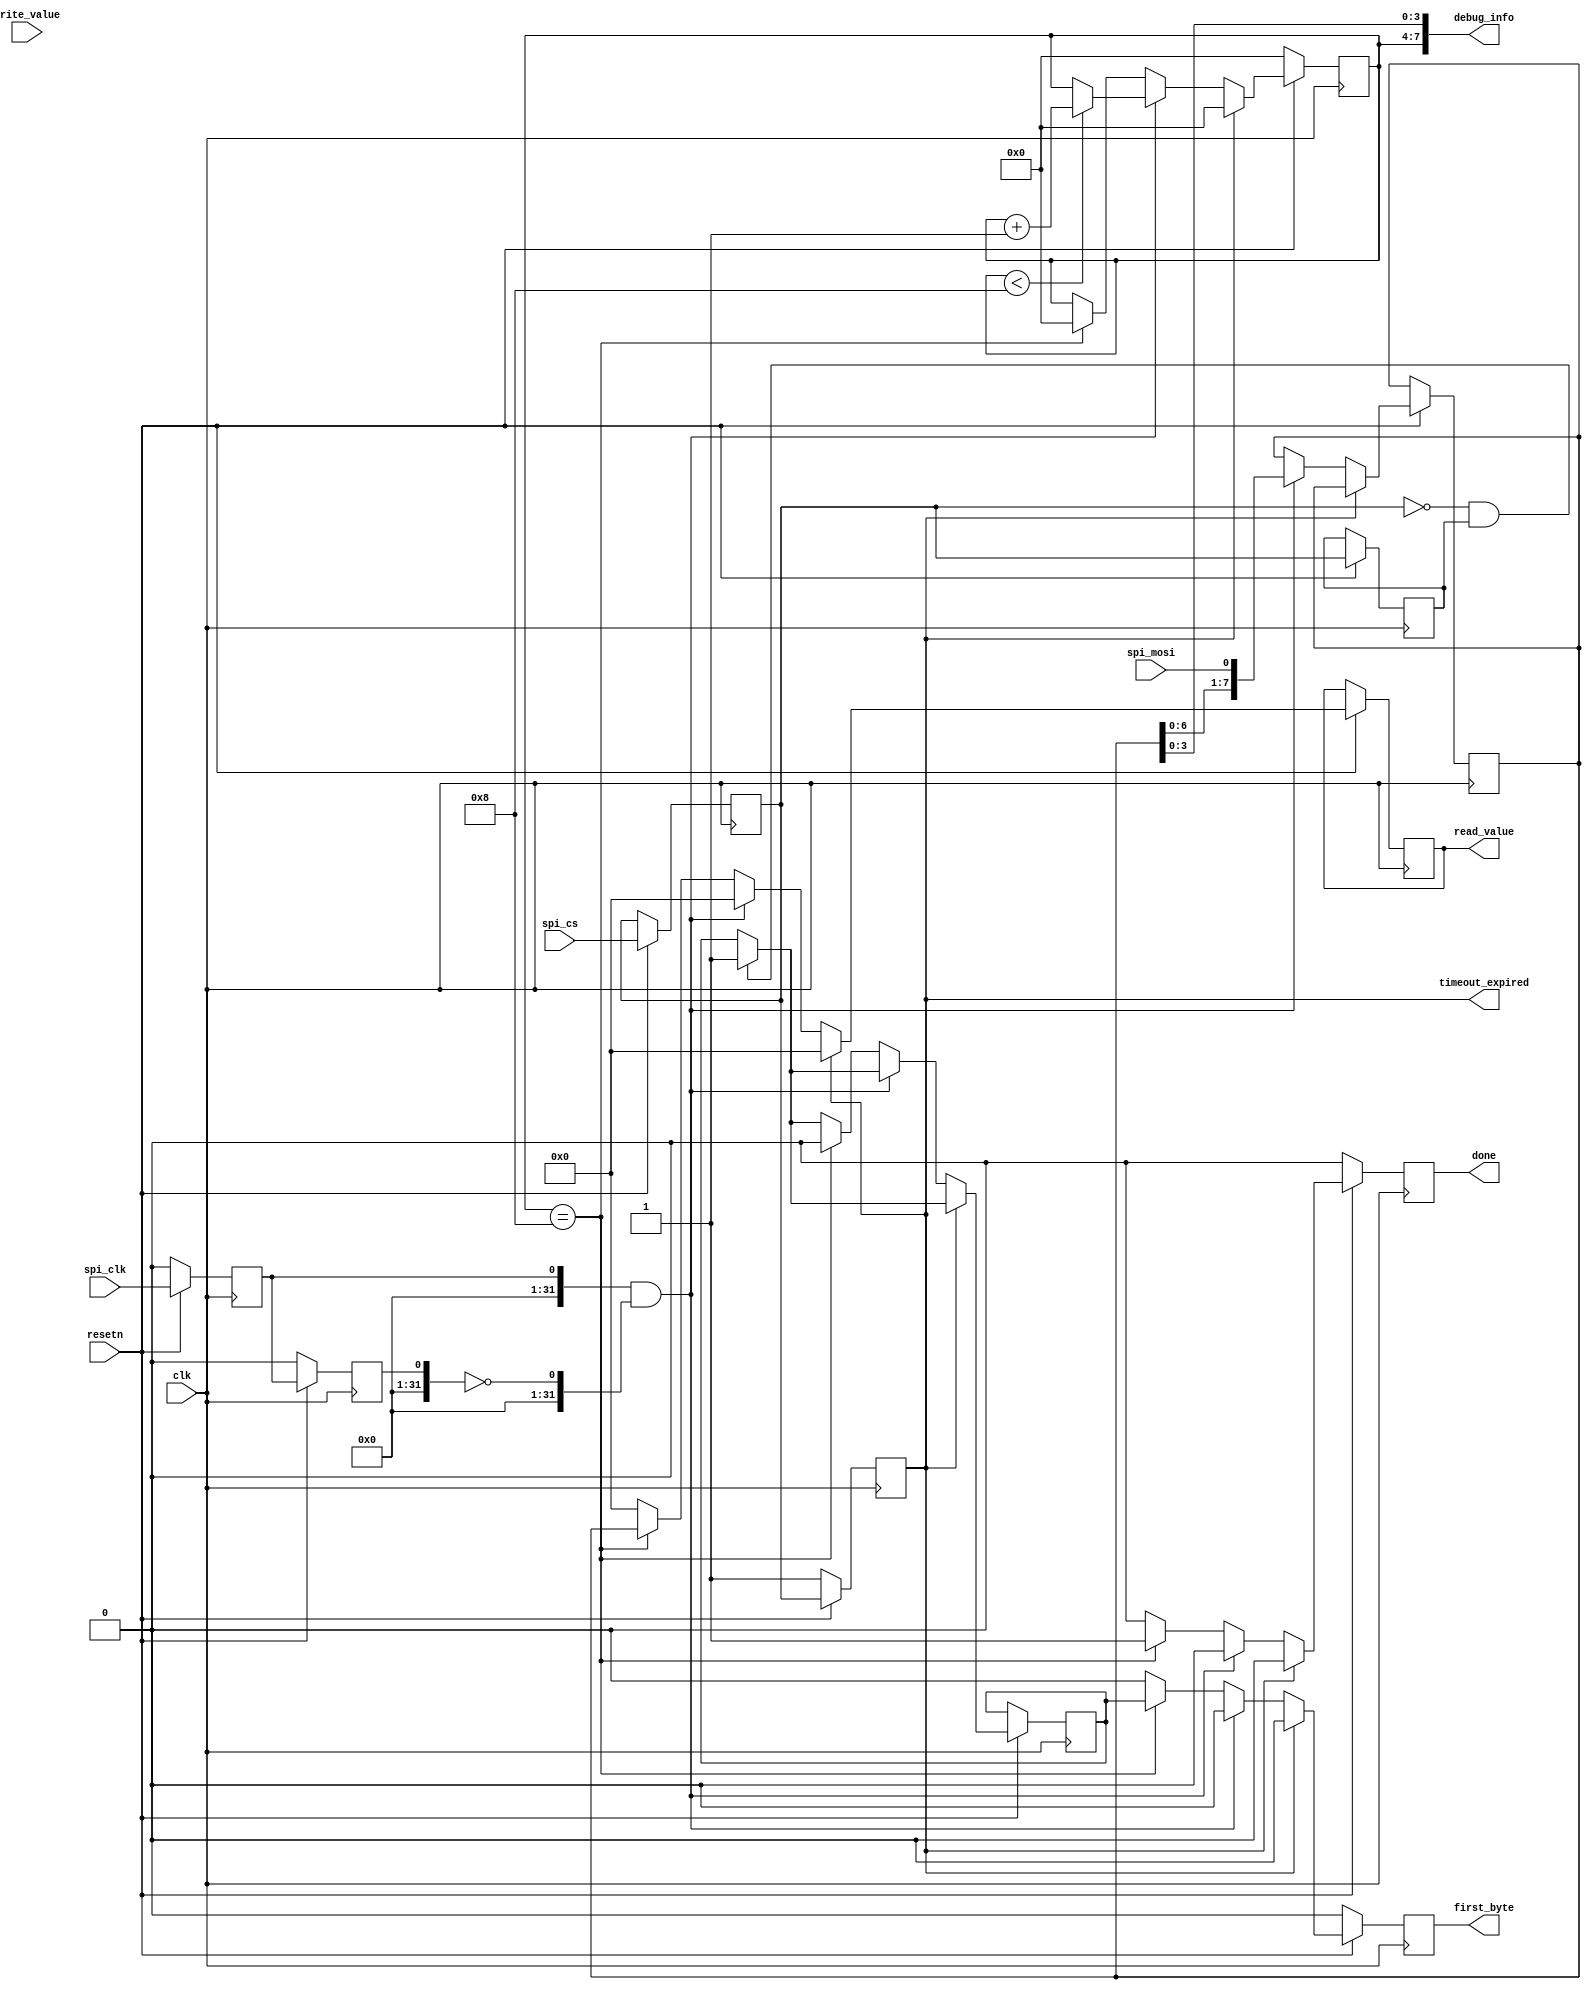
module spi_slave (
    input        clk,
    input        resetn,
    input        spi_clk,
    input        spi_mosi,
    input        spi_cs,
    input  [7:0] write_value,
    output [7:0] read_value,
    output [0:0] first_byte,
    output [0:0] timeout_expired,
    output [0:0] done,
    output [7:0] debug_info
);

    // CPOL == 0: clock state while idle is low  ("inactive")
    // CPOL == 1: clock state while idle is high ("inactive")
    parameter CPOL = 0;
    // CPHA == 0: write on clock deactivation, sample on clock activation
    // CPHA == 1: write on clock activation, sample on clock deactivation
    parameter CPHA = 0;
    parameter LSBFIRST = 0;
    // TIMEOUT__NOT_CS: 0 - use ship select
    //                  1 - don't use chip select, use timeout instead
    parameter TIMEOUT__NOT_CS = 0;
    parameter TIMEOUT_CYCLES  = 2;

    reg  [3:0] state = 0;      // idle, start condition, d0, d1, ..., d7
    reg  [7:0] value_int = 0;
    reg  [7:0] read_value = 0;
    reg  [0:0] done = 0;
    reg  [0:0] first_byte = 0; // inform caller that this is a new transmission
    wire [0:0] sample;         // used as name for the "sample" condition is True
    wire [0:0] write;          // used as name for the "write" condition is True
    reg  [0:0] spi_clk_reg;    // registered value of spi_clk
    reg  [0:0] spi_clk_pre;    // previous value of spi_clk
    reg  [0:0] spi_cs_reg;     // registered value of spi_cs
    reg  [0:0] spi_cs_pre;     // previous value of spi_cs
    reg  [0:0] spi_mosi_reg;   // registered value of spi_mosi
    reg  [0:0] spi_mosi_pre;   // previous value of spi_mosi
    reg  [0:0] reset_timeout;  // timeout signal, used in timeout mode
    reg  [0:0] first_byte_int; // internal signal which is high until the first byte is done

    assign sample =    (CPOL ^  (CPHA ^ spi_clk_reg))
                    && (CPOL ^ !(CPHA ^ spi_clk_pre));

    assign write  =    (CPOL ^ !(CPHA ^ spi_clk_reg))
                    && (CPOL ^  (CPHA ^ spi_clk_pre));

    localparam TIMEOUT_CYCLE_BITS = TIMEOUT__NOT_CS * ($clog2(TIMEOUT_CYCLES)-1);
    reg [TIMEOUT_CYCLE_BITS:0] timeout_counter = 0;
    reg                  [0:0] timeout_expired = 1;

    // actual implementation
    always @(posedge clk) begin
        if (!resetn) begin
            state           <= 0;
            reset_timeout   <= 1;
            done            <= 0;
            timeout_counter <= 0;
            timeout_expired <= 1;
            first_byte      <= 0;
            spi_clk_reg     <= 0;
            spi_clk_pre     <= 0;
        end else begin
            timeout_counter <= reset_timeout ? TIMEOUT_CYCLES :
                                               (timeout_counter ? timeout_counter - 1 : 0);
            if (!TIMEOUT__NOT_CS) begin
                timeout_expired <= spi_cs_reg;
            end else begin
                timeout_expired <= !timeout_counter;
            end

            // obtain actual and recent values of cs and clk
            spi_cs_reg <= spi_cs;
            spi_cs_pre <= spi_cs_reg;

            spi_clk_reg  <= spi_clk;
            spi_clk_pre  <= spi_clk_reg;

            spi_mosi_reg <= spi_mosi;
            spi_mosi_pre <= spi_mosi_reg;

            // default values
            reset_timeout <= 0;
            read_value <= 0;
            first_byte <= 0;
            done <= 0;

            // detect falling edge of CS
            if (!spi_cs_reg && spi_cs_pre) first_byte_int <= 1;

            if (timeout_expired) begin
                state <= 0;
                reset_timeout <= 1;
            end else if (sample) begin
                reset_timeout <= 1; // reset timeout in every bit
                value_int <= LSBFIRST ? {spi_mosi, value_int[7:1]}
                                      : {value_int[6:0], spi_mosi};
                if (state < 8) begin
                    // starting reception while idle
                    state <= state + 1;
                end
            end else if (state == 8) begin
                first_byte     <= first_byte_int;
                first_byte_int <= 0;
                read_value     <= value_int;
                done           <= 1;
                state          <= 0;
            end
        end
    end

/*    always @(clk) begin
        `ifdef FORMAL
            clk_cnt_spiclk = (clk ^ clk_pre) ? clk_cnt_spiclk + 1 : 0;
        `endif
    end // */

    `ifdef FORMAL
//        reg  [0:0] clk_pre;        // previus clk state
        reg  [7:0] clk_cnt_spiclk; // signal for counting cycles (for verification)
        reg  [3:0] state_pre;      // previous value of state
        reg  [3:0] done_since_CS = 0;  // previous value of state

        initial done_since_CS <= 0;
        initial spi_cs <= 1;

//        always @* begin
//        always @(posedge clk or negedge clk) begin
        always @(posedge clk) begin
            state_pre <= state;

            if (spi_clk_reg == spi_clk_pre) clk_cnt_spiclk <= clk_cnt_spiclk + 1;
            else                            clk_cnt_spiclk <= 0;

            if (!spi_cs_reg && spi_cs_pre) done_since_CS <= 0;
            else                           done_since_CS <= done_since_CS + done;


            // first_byte must be high only for the first byte after pulling CS
            assert (!first_byte || first_byte && done_since_CS == 0);

            // assume spiclk to change every 2 clks or less often
            restrict ((spi_clk_reg == spi_clk_pre)
                  ||(spi_clk_reg ^  spi_clk_pre) && (clk_cnt_spiclk > 3));

            // assume MOSI to not change during read edge of clock
            assume (!sample || sample && (spi_mosi_reg == spi_mosi_pre));
            // assert that done never gets high
            // while CS is not pulled
            // (done is allowed to get high within 2 cycles)
            assert (!done || done && (!spi_cs_reg || (clk_cnt_spiclk < 2)));
            // assert the done is only high after
            // receiving multiples of 8 bits
            assert (!done || done && (state_pre == 8));
        end
    `endif

    assign debug_info[7:4] = state[3:0];
//    assign debug_info[7:4] = {timeout_expired, timeout_expired, TIMEOUT__NOT_CS, reset_timeout};
    assign debug_info[3:0] = value_int[3:0];
//    assign debug_info[3:0] = {value_int[2:0], first_byte};
endmodule